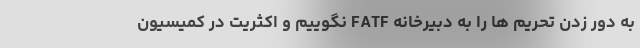
به دور زدن تحریم ها را به دبیرخانه FATF نگوییم و اکثریت در کمیسیون